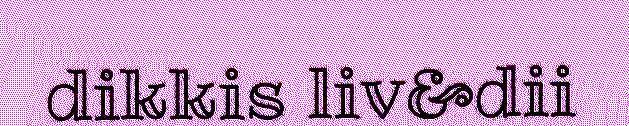
dikkis liv&dii